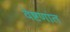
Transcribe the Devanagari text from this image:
वेष्टणांत